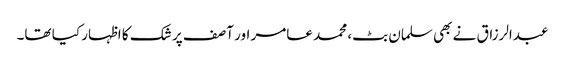
عبدالرزاق نے بھی سلمان بٹ، محمد عامر اور آصف پر شک کا اظہار کیا تھا۔